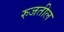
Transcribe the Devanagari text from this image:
रुजतील